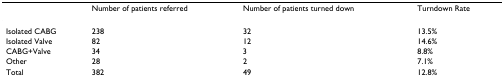
|  | Number of patients referred | Number of patients turned down | Turndown Rate |
 | --- | --- | --- | --- |
 | Isolated CABG | 238 | 32 | 13.5% |
 | Isolated Valve | 82 | 12 | 14.6% |
 | CABG+Valve | 34 | 3 | 8.8% |
 | Other | 28 | 2 | 7.1% |
 | Total | 382 | 49 | 12.8% |